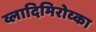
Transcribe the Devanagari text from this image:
व्लादिमिरोव्का